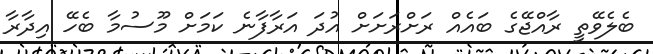
ބެލެވޭތީ ރާއްޖޭގެ ބައެއް ރަށްރަށަށް އުދަ އަރާފާނެ ކަމަށް މޫސުމާ ބެހޭ އިދާރާ